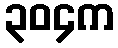
၃၀၄က